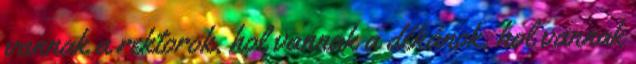
vannak a rektorok, hol vannak a dékánok, hol vannak